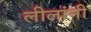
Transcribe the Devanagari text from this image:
लीलांनी